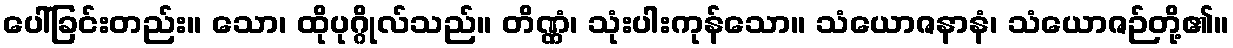
ပေါ်ခြင်းတည်း။ သော၊ ထိုပုဂ္ဂိုလ်သည်။ တိဏ္ဏံ၊ သုံးပါးကုန်သော။ သံယောဇနာနံ၊ သံယောဇဉ်တို့၏။